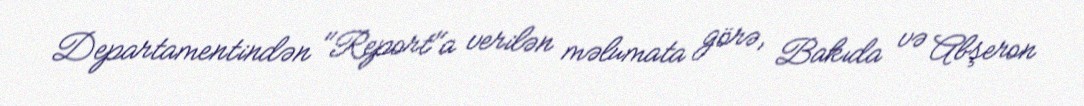
Departamentindən "Report"a verilən məlumata görə, Bakıda və Abşeron